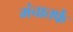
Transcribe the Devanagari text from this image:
मंचातर्फे